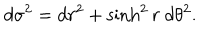
d \sigma ^ { 2 } = d r ^ { 2 } + \sinh ^ { 2 } r \ d \theta ^ { 2 } .